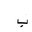
Letter: _ba